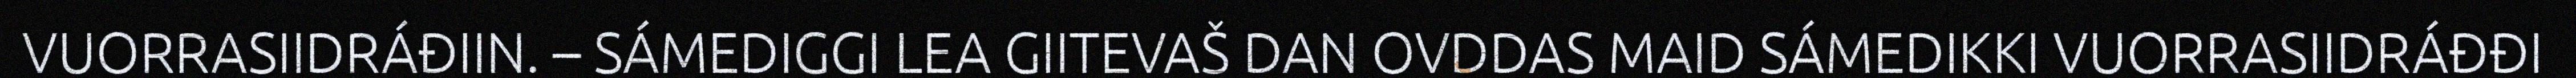
VUORRASIIDRÁĐIIN. – SÁMEDIGGI LEA GIITEVAŠ DAN OVDDAS MAID SÁMEDIKKI VUORRASIIDRÁĐĐI